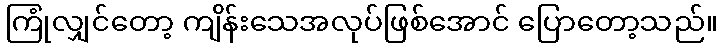
ကြုံလျှင်တော့ ကျိန်းသေအလုပ်ဖြစ်အောင် ပြောတော့သည်။